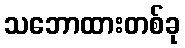
သဘောထားတစ်ခု